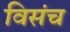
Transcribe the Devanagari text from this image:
विसंच